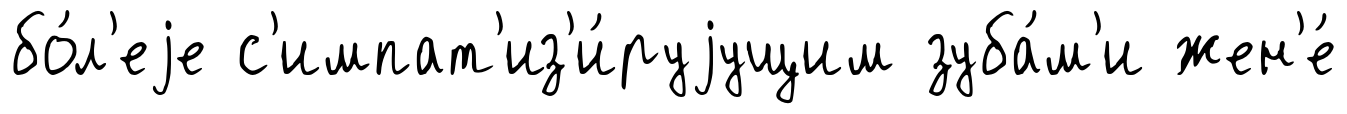
бо́л'еjе с'импат'из'и́руjущим зуба́м'и жен'е́